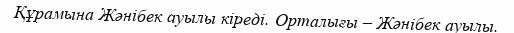
Құрамына Жәнібек ауылы кіреді. Орталығы – Жәнібек ауылы.